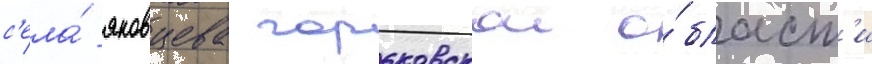
с'ела́ яковцева горьковскои о́бласт'и